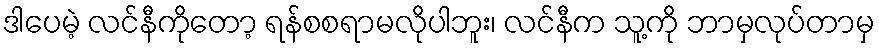
ဒါပေမဲ့ လင်နီကိုတော့ ရန်စစရာမလိုပါဘူး၊ လင်နီက သူ့ကို ဘာမှလုပ်တာမှ